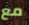
مع